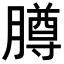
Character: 𬛘